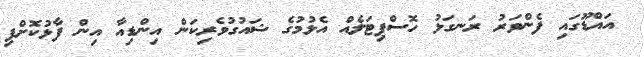
އައްޑޫގައި ފެންވަރު ރަނގަޅު ހޮސްޕިޓަލެއް އެޅުމުގެ ޝައުގުވެރިކަން އިންޑިިއާ އިން ފާޅުކޮށްފި